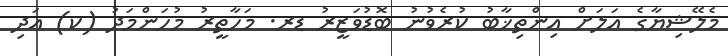
މެލޭޝިޔާގެ އަލަށް އިންތިޚާބު ކުރެވުނު ބޮޑުވަޒީރު ޑރ. މަހާތީރު މުހަންމަދު (ކ) އަދި